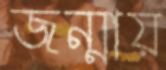
জন্মায়